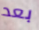
بعد